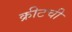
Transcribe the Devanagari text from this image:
क्रीटची